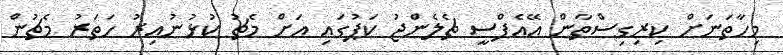
މިހާތަނަށް ކިރިގިސްތާން އޭއެފްސީ ޗެލެންޖު ކަޕުގައި އަށް މެޗު ކުޅުނުއިރު ހަތަރު މެޗުން